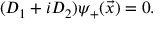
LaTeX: ( D _ { 1 } + i D _ { 2 } ) { \psi } _ { + } ( \vec { x } ) = 0 .